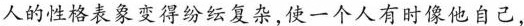
人的性格表象变得纷纭复杂,使一个人有时像他自己，